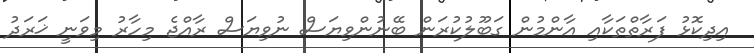
އިދިކޮޅު ފަރާތްތަކާއި އާންމުން ގަބޫލުކުރަން ބޭނުންވިޔަސް ނުވިޔަސް ރާއްޖެ މިހާރު މިވަނީ ޚަރަދު